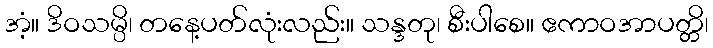
အံ့။ ဒိဝသမ္ပိ၊ တနေ့ပတ်လုံးလည်း။ သန္ဒတု၊ စီးပါစေ။ ဧကာဝအာပတ္တိ၊